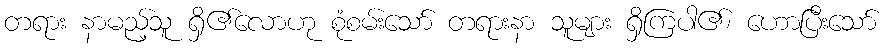
တရား နာမည့်သူ ရှိ၏လောဟု စုံစမ်းသော် တရားနာ သူများ ရှိကြပါ၏၊ ဟောပြီးသော်